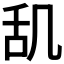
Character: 𫇔